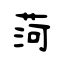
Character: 菏